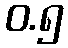
ဝ.၅